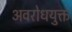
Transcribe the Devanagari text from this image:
अवरोधयुक्त